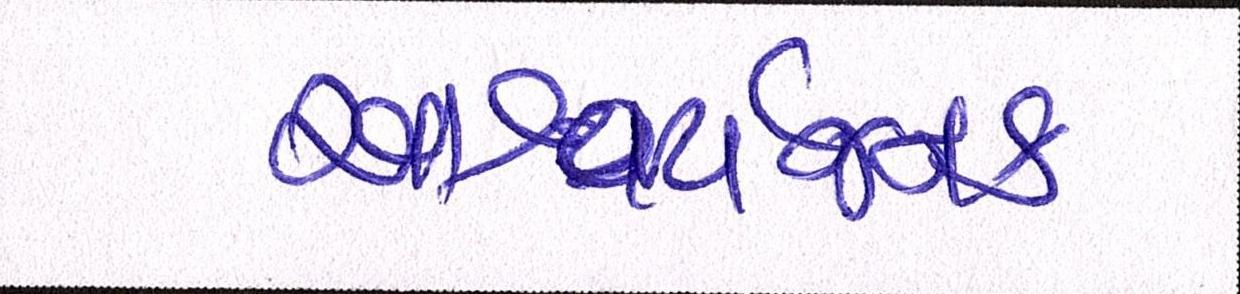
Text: આશ્ચર્યજનક